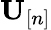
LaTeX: {\mathbf U}_{[n]}